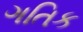
ગતિક